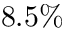
8 . 5 \%